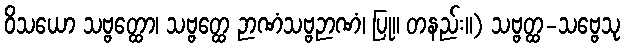
ဝိသယော သဗ္ဗတ္ထော၊ သဗ္ဗတ္ထေ ဉာဏံသဗ္ဗဉာဏံ၊ ပြု။ တနည်း။) သဗ္ဗတ္ထ-သဗ္ဗေသု